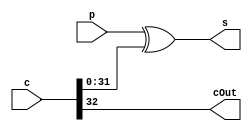
module CLA_add_32(c, p, s, cOut);

	input [31:0] p;
	input [32:0] c;

	output [31:0] s;
	output cOut;

	assign s = p^c[31:0];
	assign cOut = c[32];

endmodule